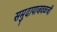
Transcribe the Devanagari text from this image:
समुदायाजवळची